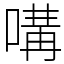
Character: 㗕